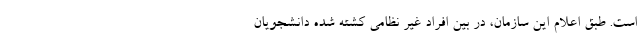
است. طبق اعلام این سازمان، در بین افراد غیر نظامی کشته شده دانشجویان